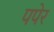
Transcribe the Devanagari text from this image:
पपेर